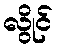
လွိုင်